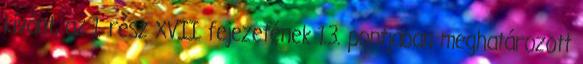
kívánt, az 1. rész XVII. fejezetének 1.3. pontjában meghatározott